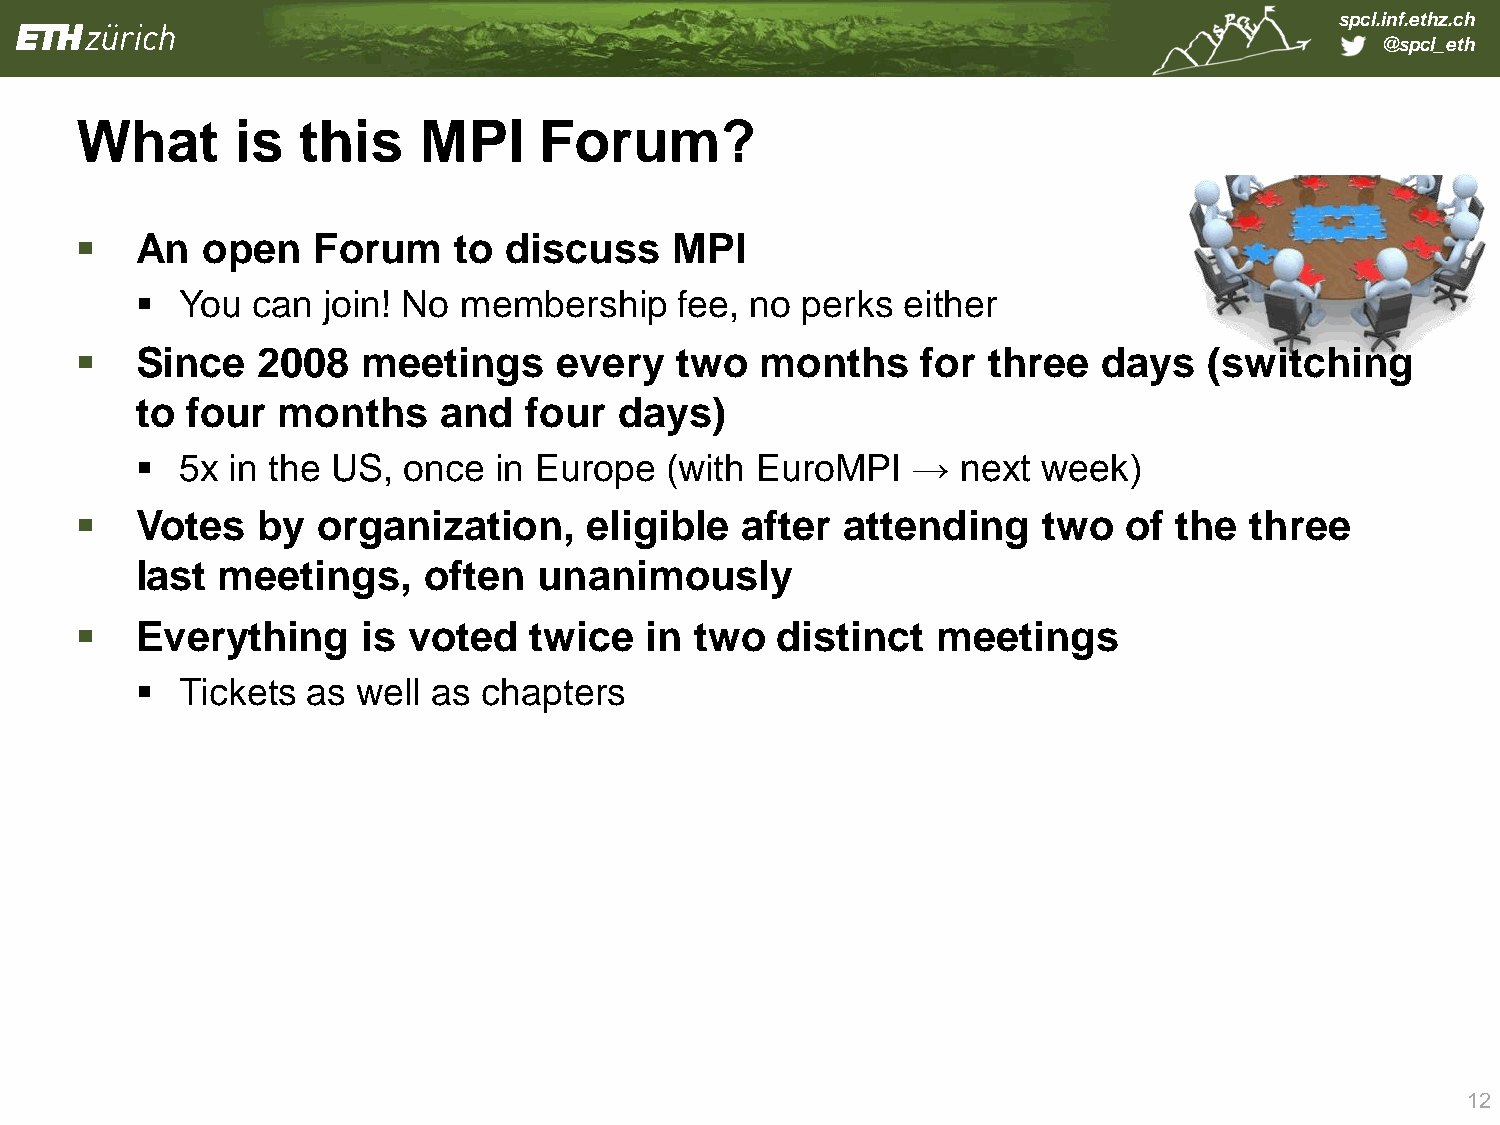
spcl.inf.ethz.ch
 @spcl_eth
 What       is  this    MPI     Forum?
    An  open    Forum    to discuss    MPI
   You  can join! No membership     fee, no perks  either
    Since   2008   meetings     every   two  months     for three   days   (switching
 to four  months     and   four  days)
   5x in the US,  once  in Europe  (with EuroMPI   →   next week)
    Votes   by  organization,     eligible  after  attending    two   of the  three
 last meetings,     often   unanimously
    Everything     is voted   twice   in two  distinct   meetings
   Tickets as  well as chapters
 12